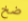
ضخ